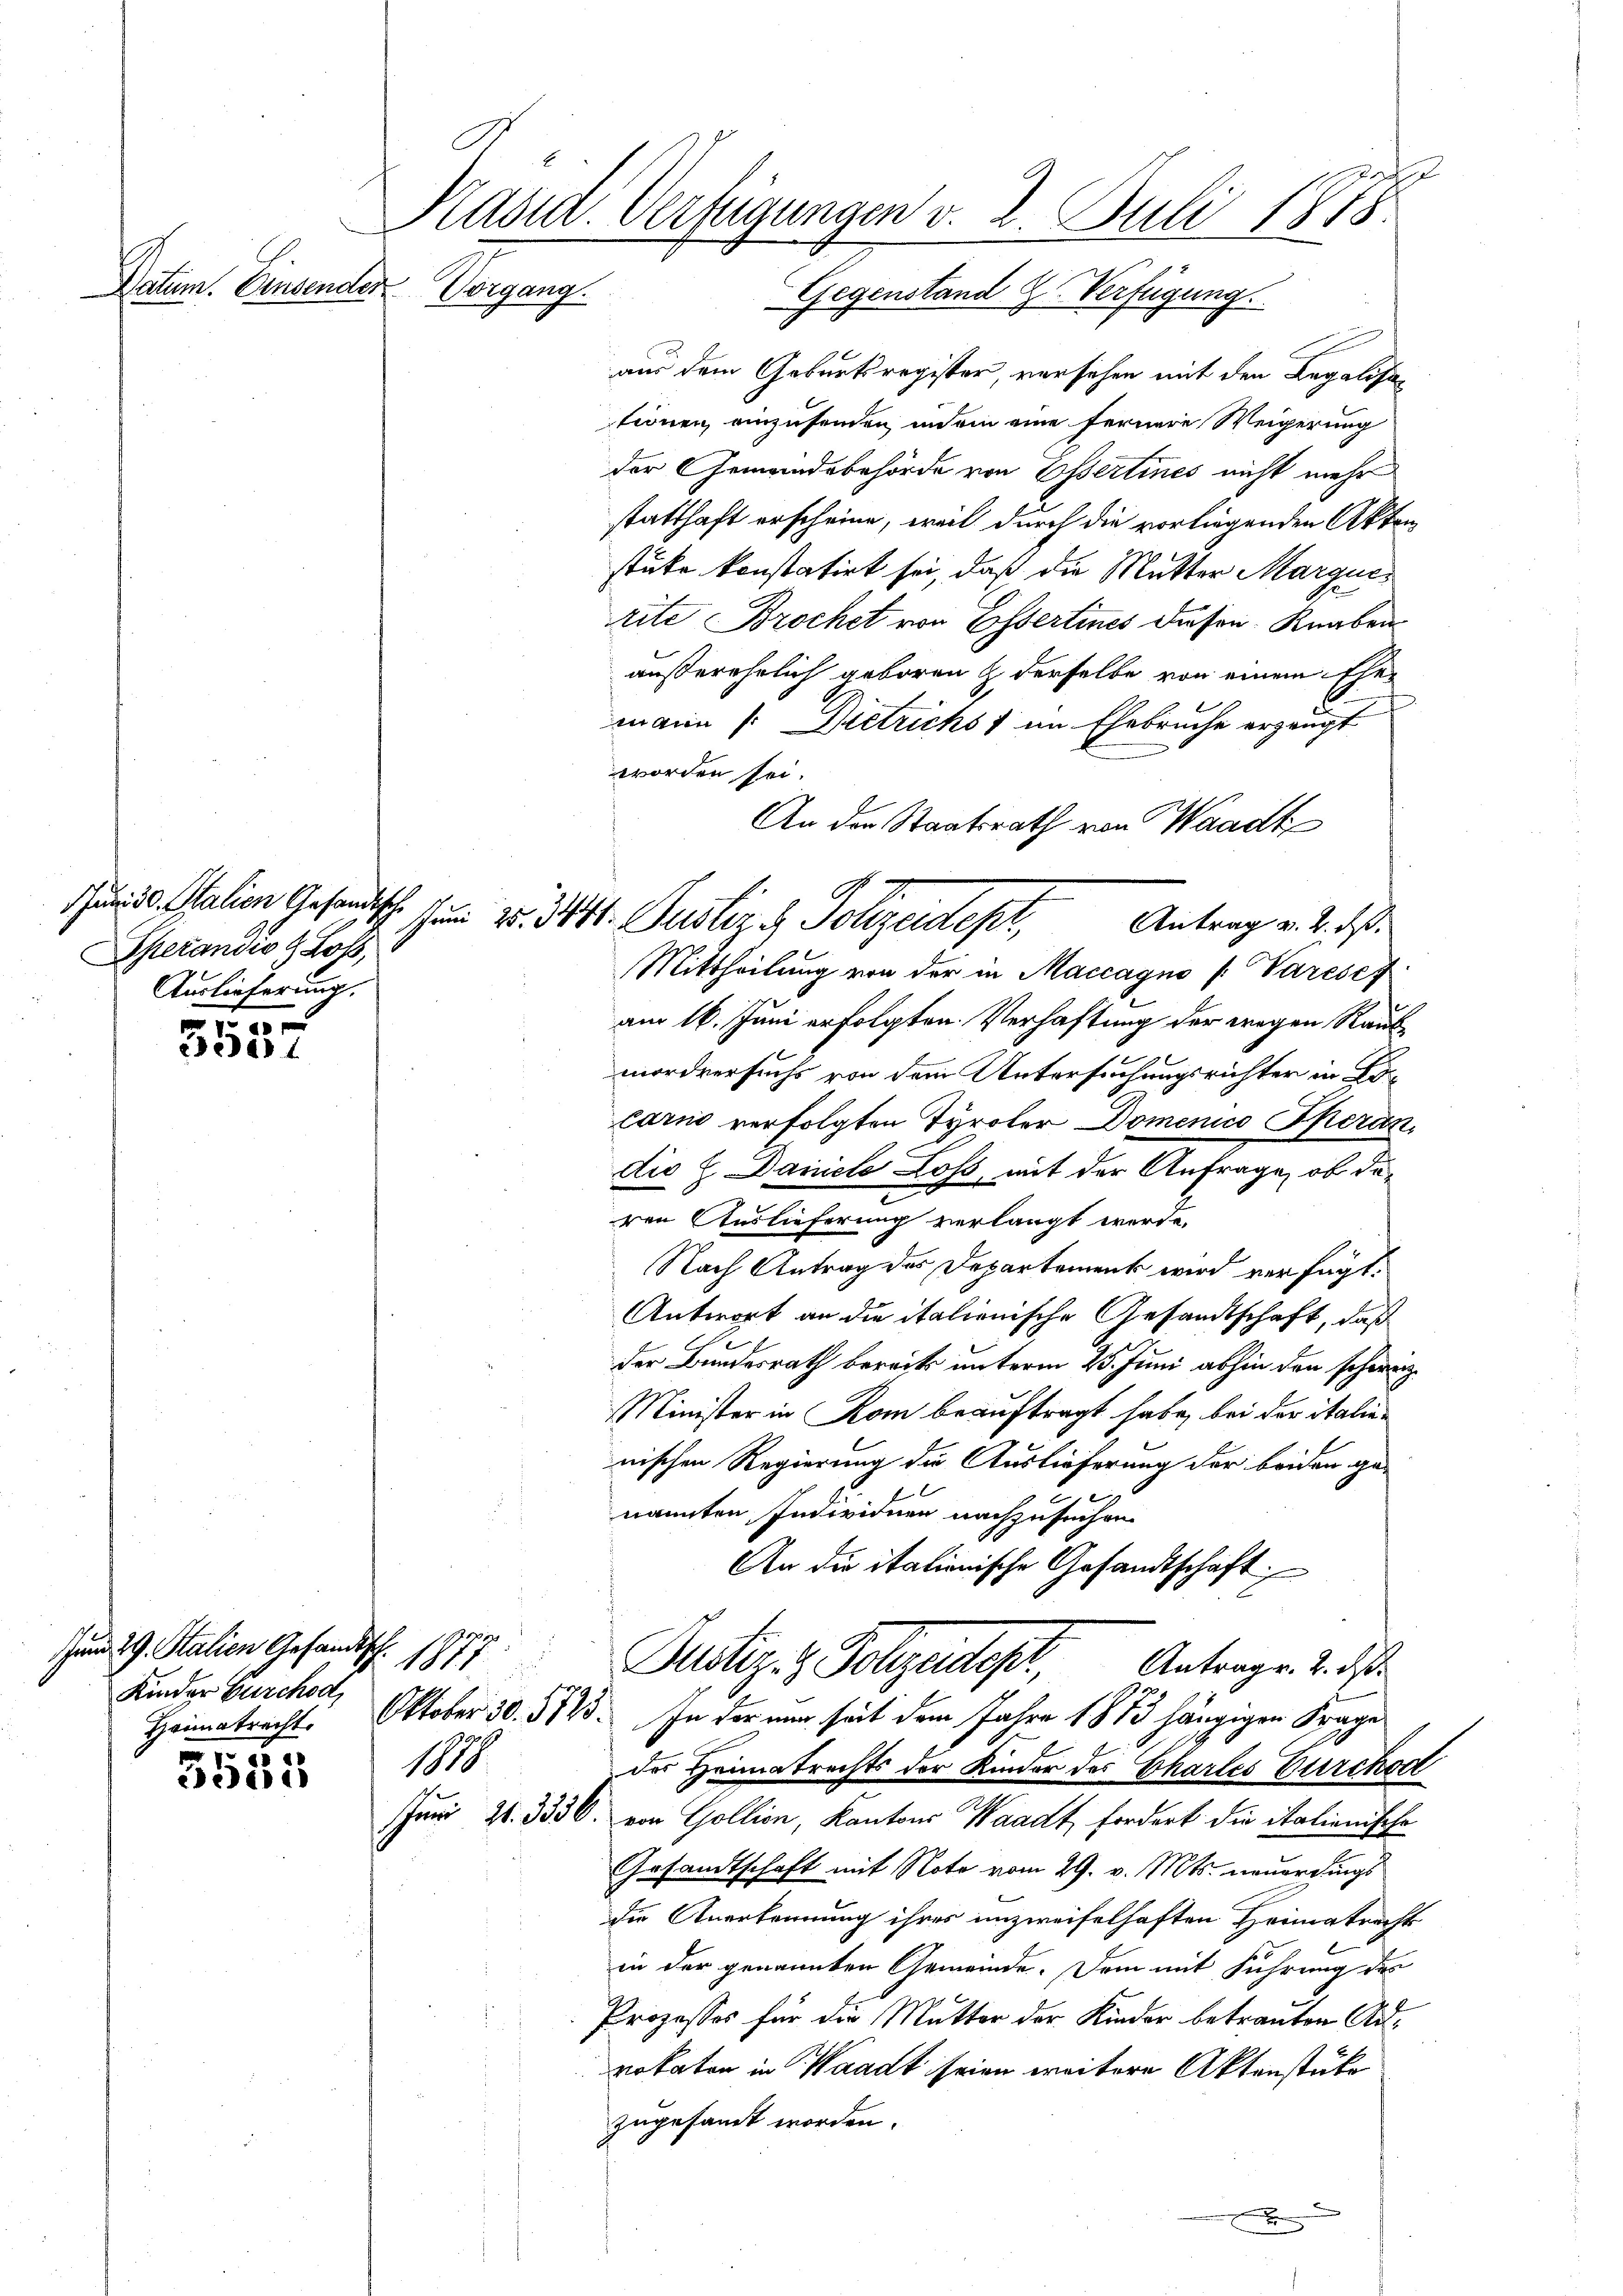
Datum. Einsendes Vorgang.

Sherandio & Loss,
Auslieferung.

e
3557

Junm 29. Stalien Gesandtsch.
11
Kinder Burchod,
Heimatrecht.
1
10.
3021

E
Käsid. Verfügungen v. 2. Juli 1878
Gegenstand Z. Verfügung

aus dem Geburtsregister, versehen mit den Legalisa
tionen, einzusenden, in ein eine fernere Weigerung
der Gemeindsbehörde von Essertines nicht mehr
statthaft erscheine, weil durch die vorliegenden Akten
stüke konstatirt sei, daß die Mutter Marguerite Brochet von Essertines diesen Knaben
außerehelich geboren & derselbe von einem Ehemann (: Dietrichs 1 im Ehebruche erzeugt
worden sei.
An den Staatsrath von Waadt
Mittheilung von der in Maccagno /: Varesef
am 16. Juni erfolgten Verhaftung der wegen Raubmordversuchs von dem Untersuchungsrichter in E
Carno verfolgten Tyroler Domenico Operan
die E. Daniele Loss, mit der Anfrage, ob daren Auslieferung verlangt werde.
Nach Antrag des Departement wird verfügt:
Antwort an die italienische Gesandtschaft, daß
der Bundesrath bereits unterm 25. Juni abhin den schweiz.
Minister in Rom beauftragt habe, bei der italianischen Regierung die Auslieferung der beiden ge-
nannten Individuen nachzusuchen.
An die italienische Gesandtschaft
Justiz- & Polizeidest, Antrage. 2.
Oktober 30. 5745. In der nur seit dem Jahre 1873 hängigen Frage
des Heimatrechts der Kinder des Chartes Burckod
Juni 21. 3336. von Gollien, Kantons Waadt fordert die italienische
rsandtschaft mit Note vom 29. v. Mts. neuerdings
die Anerkennung ihres unzweifelhaften Heimatrecht
in der genannten Gemeinde. Dem mit Führung des
Prozessor für die Mutter der Kinder betrauten Advokaten in Waadt seien weitere Aktenstüke
zugesamt worden.
x

Juni alien Gesandtsche sein v. 311. Justiz & Polizendept, Antrag v. 2. ds.